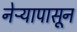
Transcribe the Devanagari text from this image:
नेऱ्यापासून